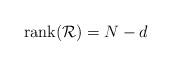
LaTeX: \begin{align*}\hbox{rank} (\mathcal R) = N-d\end{align*}